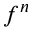
f ^ { n }